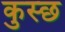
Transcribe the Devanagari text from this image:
कुस्छ